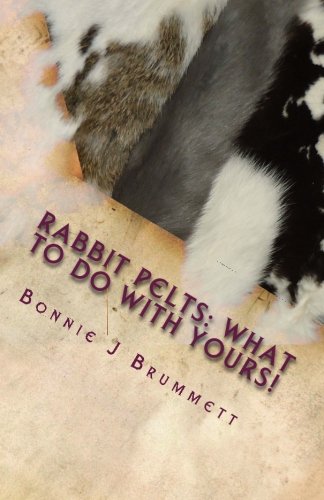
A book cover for Rabbit Pelts: What to do with yours!: The Good, the Bad and the Furry (Fur Crafting - A Forgotten Tradition) (Volume 1); Bonnie J Brummett; Crafts, Hobbies & Home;